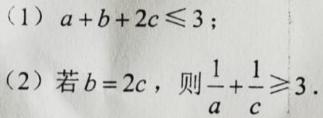
(1) $a + b + 2c\leqslant3$;
(2) 若$b = 2c$，则$\frac{1}{a}+\frac{1}{c}\geqslant3$.